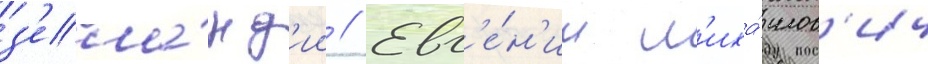
з'ела́нд'ии // Евг'е́н'ии м'иха́илов'ич